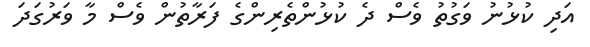
އަދި ކުޅުނު ވަގުތު ވެސް ދެ ކުޅުންތެރިންގެ ފަރާތުން ވެސް މާ ވަރުގަދަ